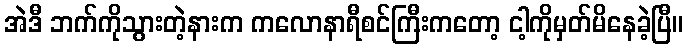
အဲဒီ ဘက်ကိုသွားတဲ့နားက ကလောနာရီစင်ကြီးကတော့ ငါ့ကိုမှတ်မိနေခဲ့ပြီ။